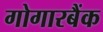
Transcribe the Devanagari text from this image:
गोगारबैंक